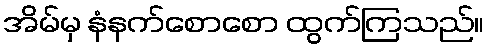
အိမ်မှ နံနက်စောစော ထွက်ကြသည်။